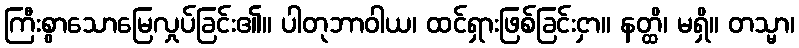
ကြီးစွာသောမြေလှုပ်ခြင်း၏။ ပါတုဘာဝါယ၊ ထင်ရှားဖြစ်ခြင်းငှာ။ နတ္ထိ၊ မရှိ။ တသ္မာ၊